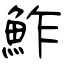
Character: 鮓